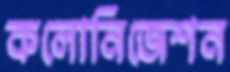
কলোনিজেশন